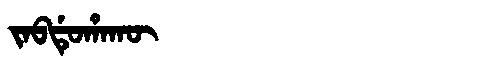
Manchu: ᠵᠠᠪᡩᡠᡥᠠᡴᡡ
Romanization: JABDUHAKŪ